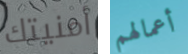
أمنيتك أعمالهم